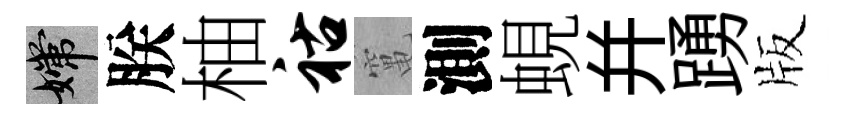
嫦朕柚祜𥧄測蜆幷踴版